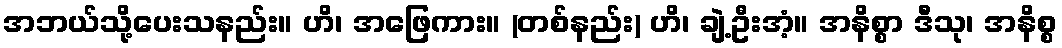
အဘယ်သို့ပေးသနည်း။ ဟိ၊ အဖြေကား။ (တစ်နည်း) ဟိ၊ ချဲ့ဦးအံ့။ အနိစ္စာ ဒီသု၊ အနိစ္စ